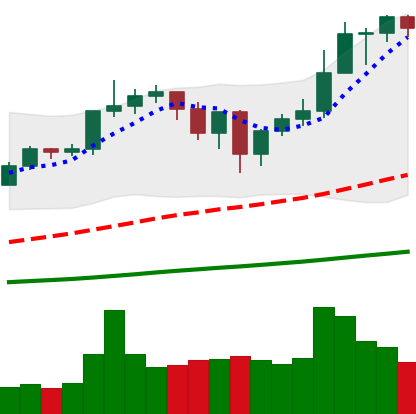
Ticker: ETH-USD
Chart end date: 2020-12-31
Forward return: 49.092%
Label: up_7plus